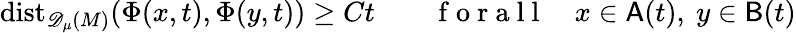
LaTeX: \mathrm{dist}_{{\mathscr{D}_{\mu}(M)}}(\Phi(x,t),\Phi(y,t))\geq Ct\qquad\mathrm{~f~o~r~a~l~l~}\quad x\in\mathsf{A}(t),\ y\in\mathsf{B}(t)